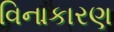
વિનાકારણ